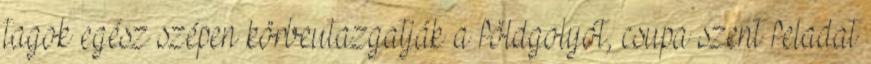
tagok egész szépen körbeutazgatják a földgolyót, csupa szent feladat